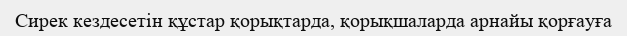
Сирек кездесетін құстар қорықтарда, қорықшаларда арнайы қорғауға